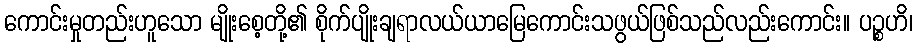
ကောင်းမှုတည်းဟူသော မျိုးစေ့တို့၏ စိုက်ပျိုးချရာလယ်ယာမြေကောင်းသဖွယ်ဖြစ်သည်လည်းကောင်း။ ပဉ္စဟိ၊